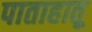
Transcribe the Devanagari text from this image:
पाताहातू